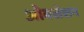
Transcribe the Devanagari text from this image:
ओबसेशन